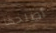
أصلحها